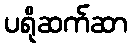
ပရိုဆက်ဆာ